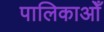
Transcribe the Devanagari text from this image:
पालिकाओँ